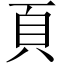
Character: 頁